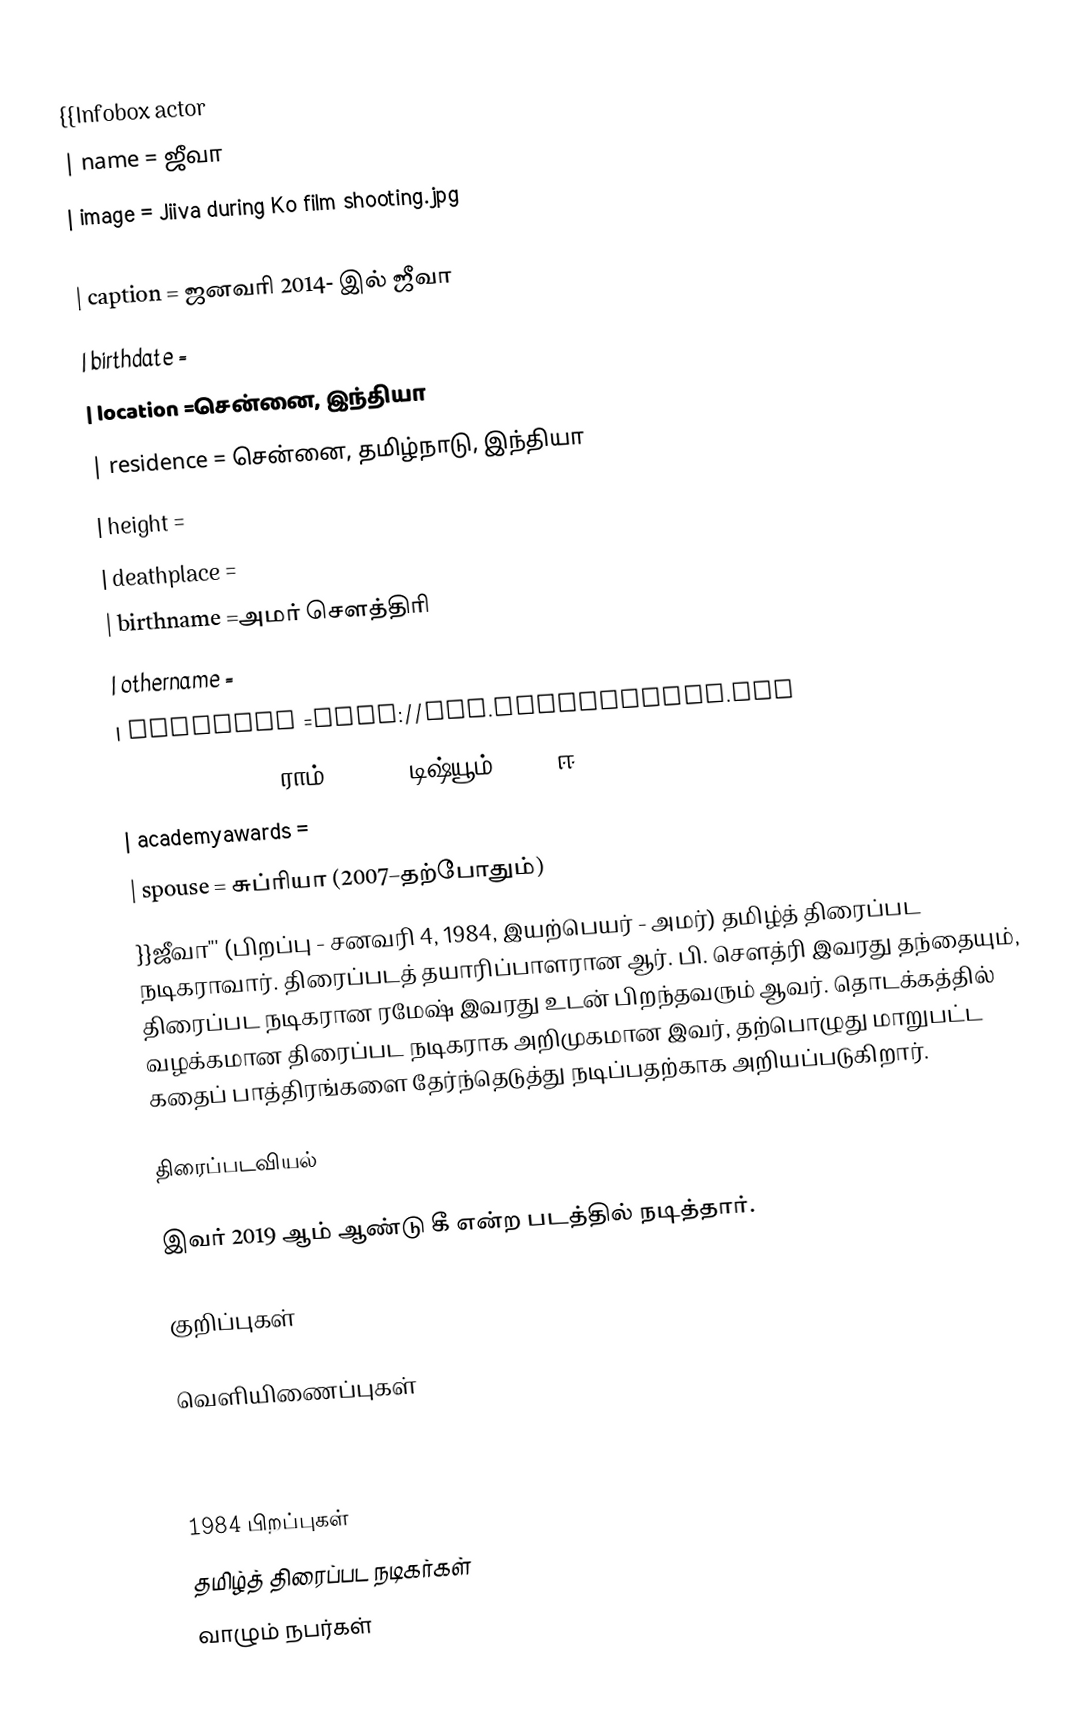
{{Infobox actor
| name = ஜீவா
| image = Jiiva during Ko film shooting.jpg
| imagesize =
| caption = ஜனவரி 2014- இல் ஜீவா
| birthdate =
| location =சென்னை, இந்தியா
| residence = சென்னை, தமிழ்நாடு, இந்தியா
| height =
| deathplace =
| birthname =அமர் சௌத்திரி
| othername =
| homepage =http://www.jeevaonline.com
| notable role = ராம் (2005)''டிஷ்யூம் (2006)ஈ (2006)
| academyawards =
| spouse = சுப்ரியா (2007–தற்போதும்)
}}ஜீவா''' (பிறப்பு - சனவரி 4, 1984, இயற்பெயர் - அமர்) தமிழ்த் திரைப்பட நடிகராவார். திரைப்படத் தயாரிப்பாளரான ஆர். பி. சௌத்ரி இவரது தந்தையும், திரைப்பட நடிகரான ரமேஷ் இவரது உடன் பிறந்தவரும் ஆவர். தொடக்கத்தில் வழக்கமான திரைப்பட நடிகராக அறிமுகமான இவர், தற்பொழுது மாறுபட்ட கதைப் பாத்திரங்களை தேர்ந்தெடுத்து நடிப்பதற்காக அறியப்படுகிறார்.

திரைப்படவியல்

இவர் 2019 ஆம் ஆண்டு கீ என்ற படத்தில் நடித்தார்.

குறிப்புகள்

வெளியிணைப்புகள்

1984 பிறப்புகள்
தமிழ்த் திரைப்பட நடிகர்கள்
வாழும் நபர்கள்